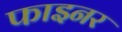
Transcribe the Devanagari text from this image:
फाइनर